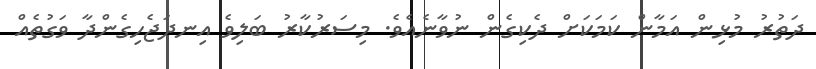
ދަތުރު މުޅިން އަމާން ކަމަކަށް ދެކިގެން ނުވާނެއެވެ. މިސަރުކާރު ބަލިވެ އިނދަޖެހިގެންދާ ވަގުތެއް